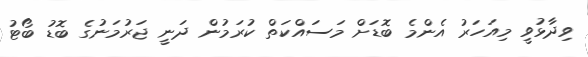
ވިދާޅުވީ މިއަހަރު އެންމެ ބޮޑަށް މަސައްކަތް ކުރަމުން ދަނީ ޖަރުމަނުގެ ބޮޑު ބޯޓު